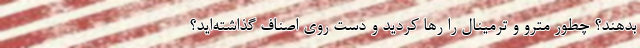
بدهند؟ چطور مترو و ترمینال را رها کردید و دست روی اصناف گذاشته‌اید؟